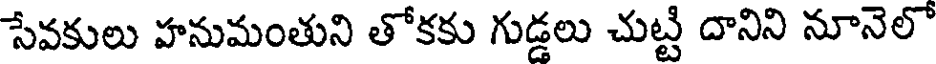
సేవకులు హనుమంతుని తోకకు గుడ్డలు చుట్టి దానిని నూనెలో